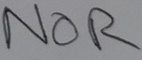
Text: NOR